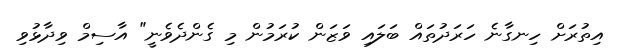
އިތުރަށް ހިނގާނެ ހަރަދުތައް ބަލައި ވަޒަން ކުރަމުން މި ގެންދެވެނީ" އާސިމް ވިދާޅުވި